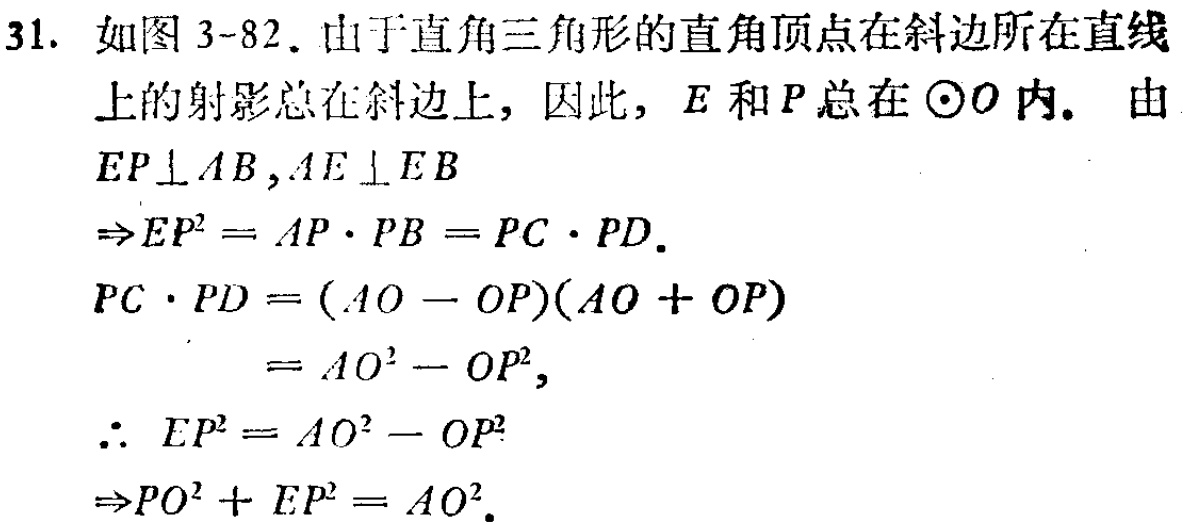
31. 如图 3-82. 由于直角三角形的直角顶点在斜边所在直线
上的射影总在斜边上, 因此, \(E\) 和 \(P\) 总在 \(\odot O\) 内. 由
\(EP\perp AB,AE\perp EB\)
\(\Rightarrow EP^{2}=AP\cdot PB = PC\cdot PD.\)
\(PC\cdot PD=(AO - OP)(AO + OP)\)
\(=AO^{2}-OP^{2},\)
\(\therefore EP^{2}=AO^{2}-OP^{2}\)
\(\Rightarrow PO^{2}+EP^{2}=AO^{2}.\)